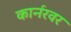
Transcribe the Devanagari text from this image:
कार्नरवर